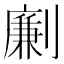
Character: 劆